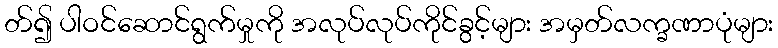
တ်၍ ပါဝင်ဆောင်ရွက်မှုကို အလုပ်လုပ်ကိုင်ခွင့်များ အမှတ်လက္ခဏာပုံများ